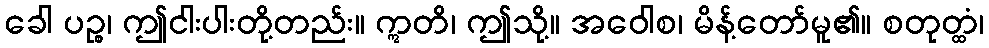
ခေါ ပဉ္စ၊ ဤငါးပါးတို့တည်း။ ဣတိ၊ ဤသို့။ အဝေါစ၊ မိန့်တော်မူ၏။ စတုတ္ထံ၊